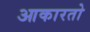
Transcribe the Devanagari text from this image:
आकारतो